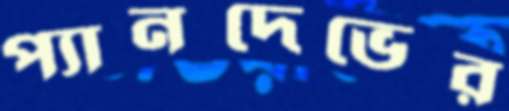
প্যানদেভের